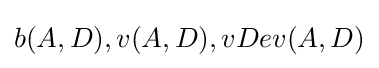
b(A,D),v(A,D),vDev(A,D)